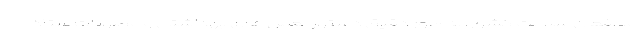
مدافعان سلامت کشور، به طور دقیق دستورالعمل های بهداشتی و مصوبات ستاد